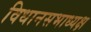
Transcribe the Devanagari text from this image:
विधानसभाध्यक्ष